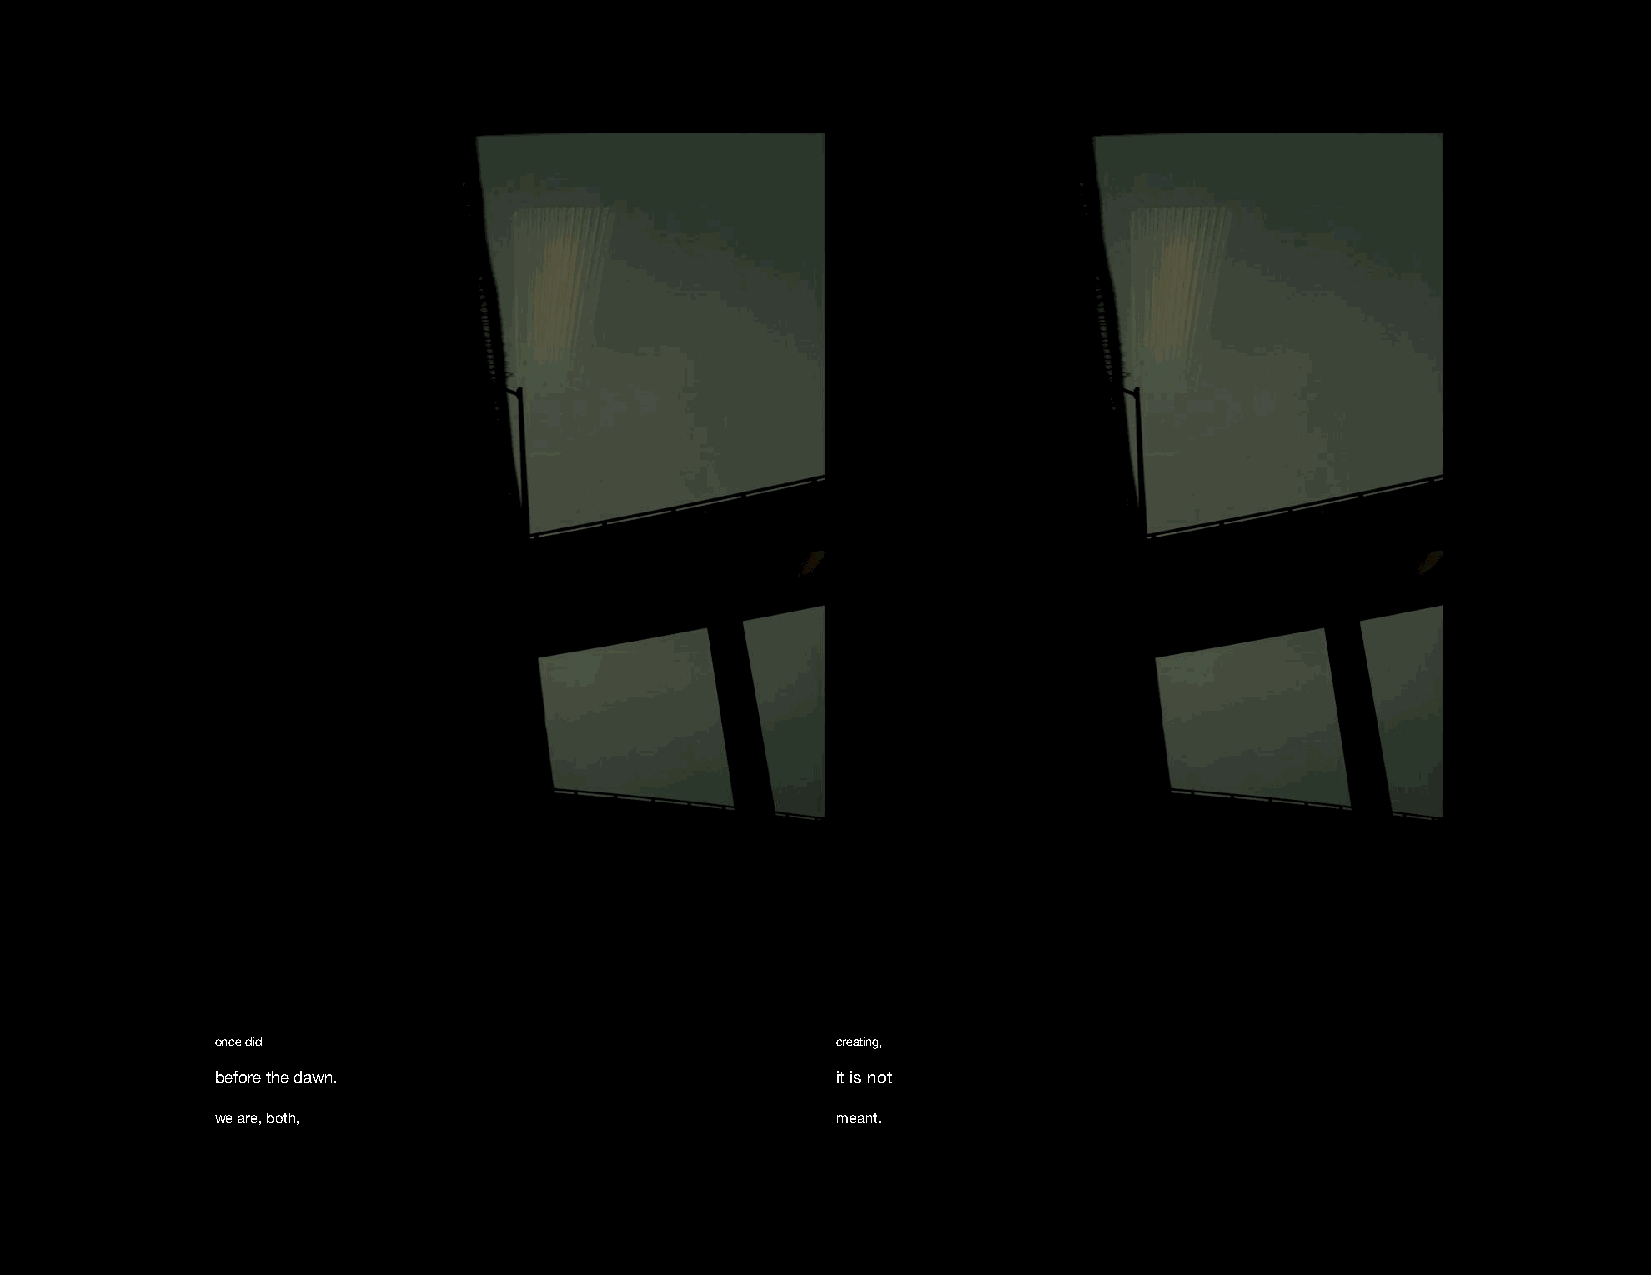
once did                                 creating,
 before the dawn.                         it is not
 we are, both,                            meant.